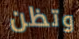
وتظن